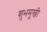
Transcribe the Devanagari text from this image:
शुभमुखी